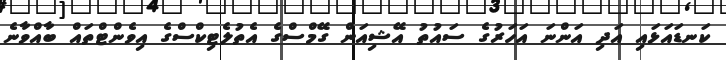
ކަނޑައަޅައި އަދި އަންނަ އަހަރުގެ ސައުތު އޭޝިއަން ގޭމްސްގެ އެތުލެޓިކްސްގެ އިވެންޓްތައް ބާއްވާނެ